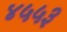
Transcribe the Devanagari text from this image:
४५५३